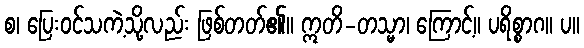
စ၊ ပြေးဝင်သကဲ့သို့လည်း ဖြစ်တတ်၏။ ဣတိ-တသ္မာ၊ ကြောင့်။ ပရိစ္စာဂ။ ပ။